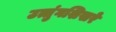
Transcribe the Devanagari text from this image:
उत्तुंगशिखरे